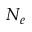
N _ { e }